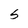
Character: S